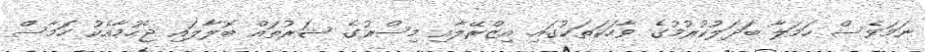
ނަމަވެސް ހަމަލާ ބަދަލުކުރުމުގެ ވާހަކަތަކުގައި އިޒްރޭލާއި މިސްރުގެ ޝަރުތައް ބޮލާލައި ޖެހުމާއެކު ހަމާސް